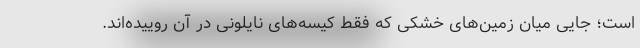
است؛ جایی میان زمین‌های خشکی که فقط کیسه‌های نایلونی در آن روییده‌اند.